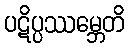
ပဋိပ္ပဿမ္ဘေတိ